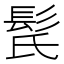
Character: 𩬁